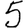
Digit: 5